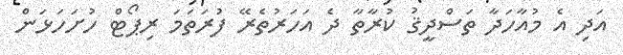
އަދި އެ މުއާހަދާ ތަސްދީޤު ކުރާތާ ދެ އަހަރުތެރޭ ފުރަތަމަ ރިޕޯޓް ހުށަހަޅަން